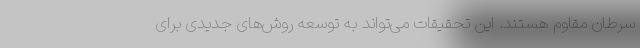
سرطان مقاوم هستند. این تحقیقات می‌تواند به توسعه روش‌های جدیدی برای